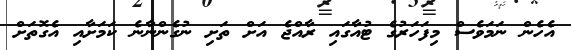
އެހެން ނަމަވެސް މިފަހަރުގެ ޓުއާގައި ރާއްޖެ އަށް ތަށި ނުގެންނާނެ ކަމަށާއި އެގޮތަށް